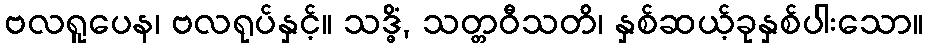
ဗလရူပေန၊ ဗလရုပ်နှင့်။ သဒ္ဓိံ, သတ္တဝီသတိ၊ နှစ်ဆယ့်ခုနှစ်ပါးသော။